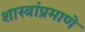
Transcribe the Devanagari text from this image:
शास्त्रांप्रमाणे